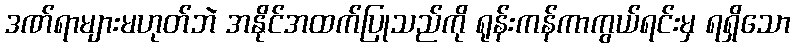
ဒဏ်ရာများမဟုတ်ဘဲ အနိုင်အထက်ပြုသည်ကို ရုန်းကန်ကာကွယ်ရင်းမှ ရရှိသော